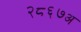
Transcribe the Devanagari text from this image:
२८६७अ